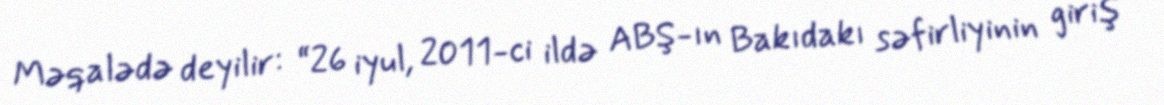
Məqalədə deyilir: “26 iyul, 2011-ci ildə ABŞ-ın Bakıdakı səfirliyinin giriş